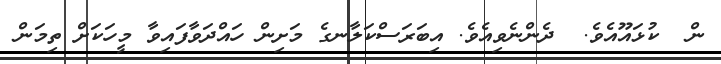
ން  ކުޅައޫއެވެ.  ދެންނެވިއެވެ. އިބަރަސްކަލާނގެ މަށިން ހައްދަވާފައިވާ މީހަކަށް ތިމަން